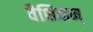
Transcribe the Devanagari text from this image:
वैशिकम्